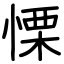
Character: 慄